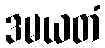
ဒမယတံ